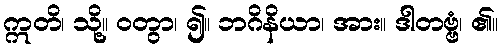
ဣတိ၊ သို့။ ဝတွာ၊ ၍။ ဘဂိနိယာ၊ အား။ ဒါတဗ္ဗံ၊ ၏။